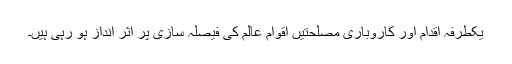
یکطرفہ اقدام اور کاروباری مصلحتیں اقوام عالم کی فیصلہ سازی پر اثر انداز ہو رہی ہیں۔